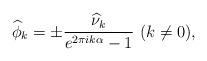
LaTeX: \begin{align*}\widehat{\phi}_k=\pm \frac{\widehat{\nu}_k}{e^{2\pi ik\alpha}-1}\ (k\neq0),\end{align*}